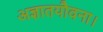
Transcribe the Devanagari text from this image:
अज्ञातयौवना।